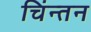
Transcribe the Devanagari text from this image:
चिंन्तन